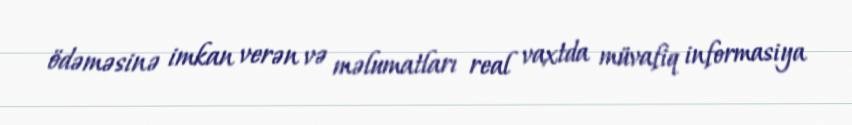
ödəməsinə imkan verən və məlumatları real vaxtda müvafiq informasiya